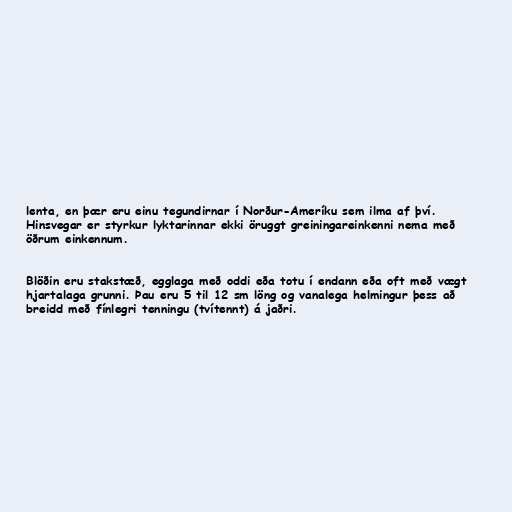
lenta, en þær eru einu tegundirnar í Norður-Ameríku sem ilma af því.
Hinsvegar er styrkur lyktarinnar ekki öruggt greiningareinkenni nema með
öðrum einkennum.

Blöðin eru stakstæð, egglaga með oddi eða totu í endann eða oft með vægt
hjartalaga grunni. Þau eru 5 til 12 sm löng og vanalega helmingur þess að
breidd með fínlegri tenningu (tvítennt) á jaðri.